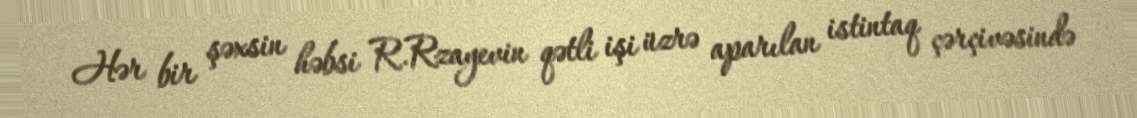
Hər bir şəxsin həbsi R.Rzayevin qətli işi üzrə aparılan istintaq çərçivəsində